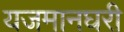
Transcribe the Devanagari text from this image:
यजमानघरी